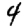
Digit: 4